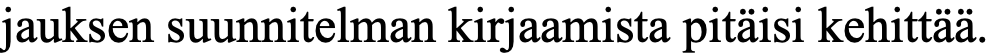
jauksen suunnitelman kirjaamista pitäisi kehittää.